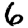
Digit: 6